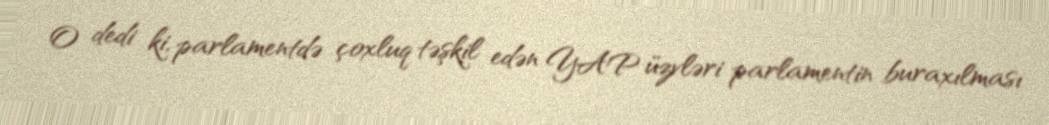
O dedi ki, parlamentdə çoxluq təşkil edən YAP üzvləri parlamentin buraxılması